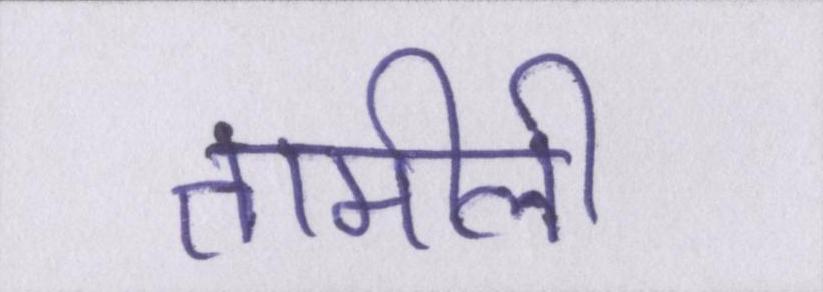
तामीली